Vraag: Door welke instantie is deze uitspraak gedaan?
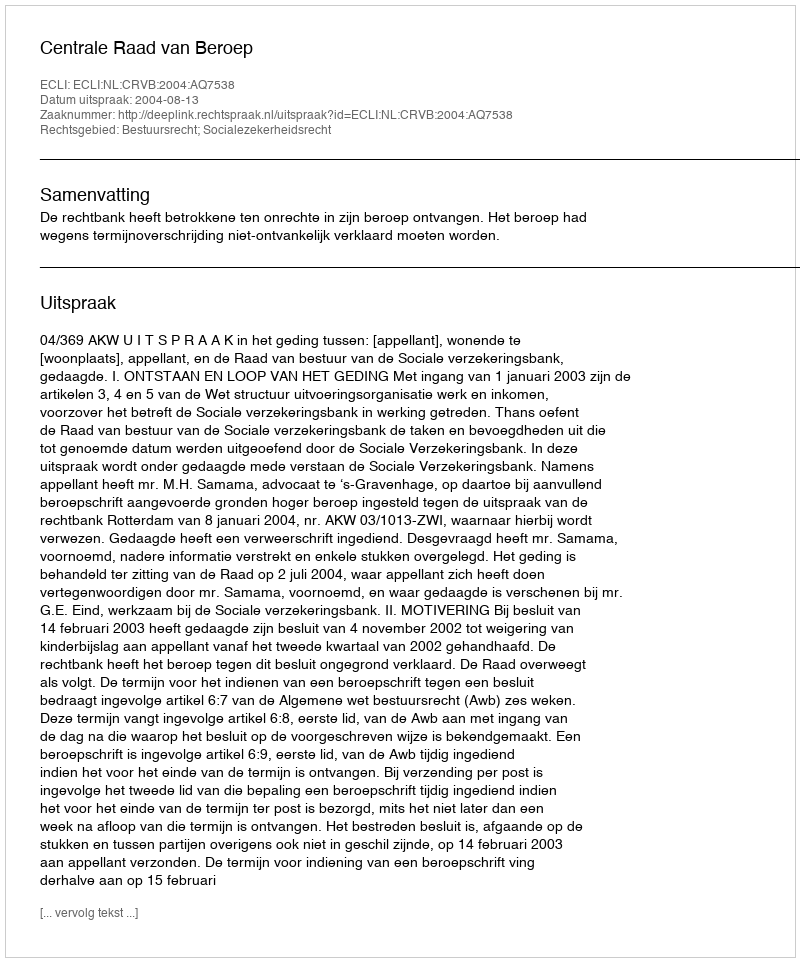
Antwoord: Centrale Raad van Beroep